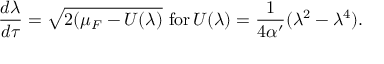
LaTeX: \frac { d \lambda } { d \tau } = \sqrt { 2 ( \mu _ { F } - U ( \lambda ) } \, \, \mathrm { f o r } \, U ( \lambda ) = \frac { 1 } { 4 \alpha ^ { \prime } } ( \lambda ^ { 2 } - \lambda ^ { 4 } ) .